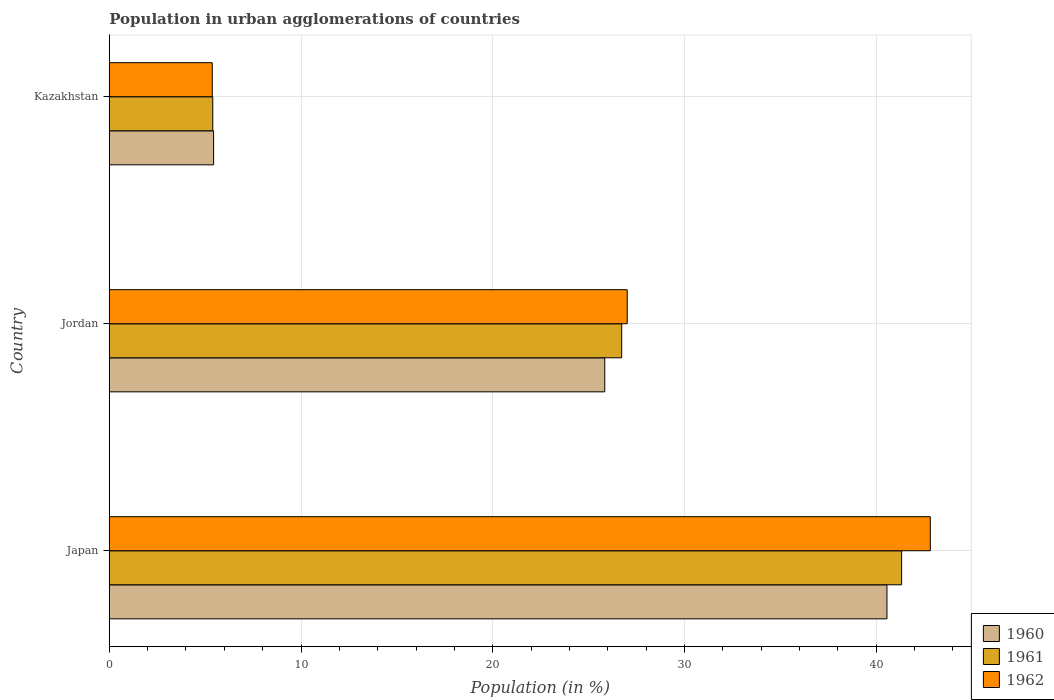
| Country | 1960 | 1961 | 1962 |
 | --- | --- | --- | --- |
 | Japan | 40.6 | 41.3 | 42.8 |
 | Jordan | 25.8 | 26.7 | 27 |
 | Kazakhstan | 5.44 | 5.4 | 5.37 |